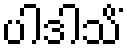
ပါဒါသိံ